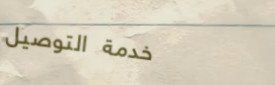
خدمة التوصيل